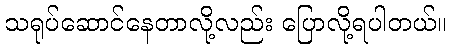
သရုပ်ဆောင်နေတာလို့လည်း ပြောလို့ရပါတယ်။